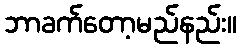
ဘာခက်တော့မည်နည်း။